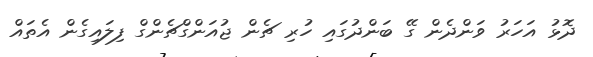
ދޮޅު އަހަރު ވަންދެން ގޭ ބަންދުގައި ހުރި ޗެން ޖުއަންގްޗެންގް ފިލައިގެން އެތައް